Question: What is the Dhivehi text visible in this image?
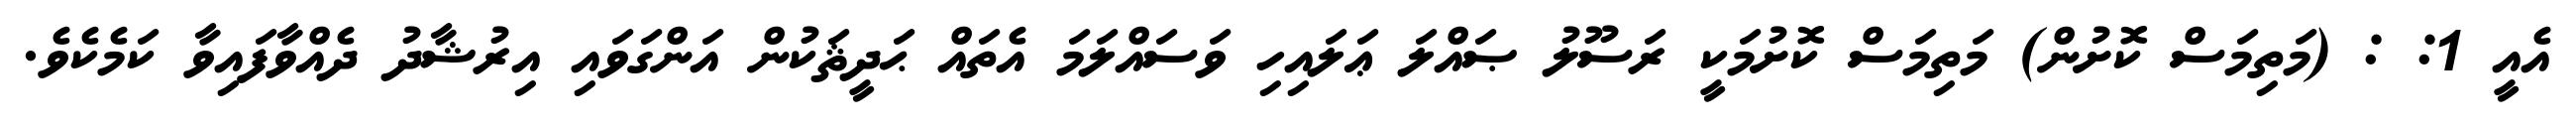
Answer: އެއީ 1: : (މަތިމަސް ކޮށުން) މަތިމަސް ކޮށުމަކީ ރަސޫލު ޞައްލަ ޢަލައިހި ވަސައްލަމަ އެތައް ޙަދީޘަކުން އަންގަވައި އިރުޝާދު ދެއްވާފައިވާ ކަމެކެވެ.